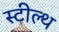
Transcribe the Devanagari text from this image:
स्‍टील्‍थ